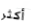
أكثر